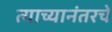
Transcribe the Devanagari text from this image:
त्याच्यानंतरचे